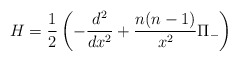
\begin{align*}H=\frac{1}{2}\left(-\frac{d^2}{dx^2}+\frac{n(n-1)}{x^2}\Pi_-\right)\end{align*}